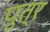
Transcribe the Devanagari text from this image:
प़ुत्र